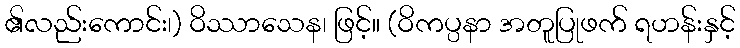
၏လည်းကောင်း၊) ဝိဿာသေန၊ ဖြင့်။ (ဝိကပ္ပနာ အတူပြုဖက် ရဟန်းနှင့်